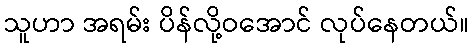
သူဟာ အရမ်း ပိန်လို့ဝအောင် လုပ်နေတယ်။